On kala azar, malaria and malarial cachexia - Number 19
Disease focus: Malaria
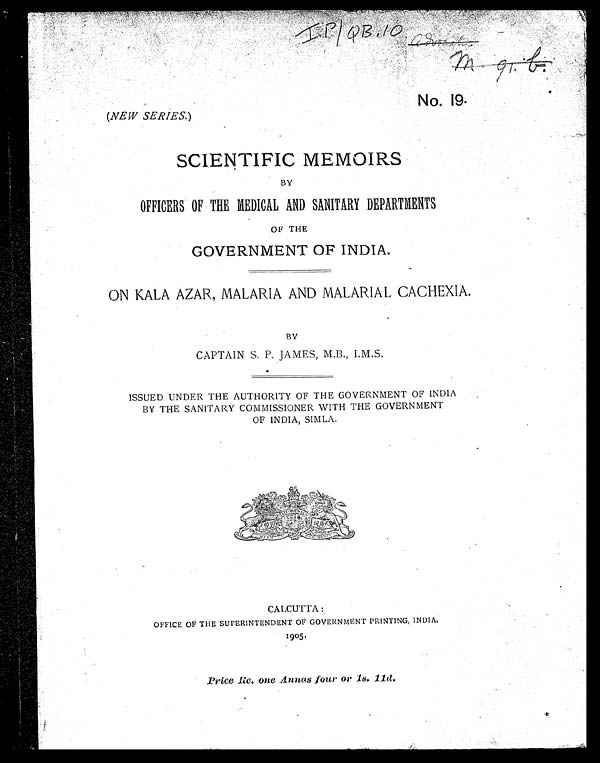
No. 19.
( NEW SERIES .)
IP/QB, 10
SCIENTIFIC MEMOIRS
BY
OFFICERS OF THE MEDICAL AND SANITARY DEPARTMENTS
OF THE
GOVERNMENT OF INDIA.
ON KALA AZAR, MALARIA AND MALARIAL CACHEXIA.
BY
CAPTAIN S. P. JAMES, M.B., I.M.S.
ISSUED UNDER THE AUTHORITY OF THE GOVERNMENT OF INDIA
BY THE SANITARY COMMISSIONER WITH THE GOVERNMENT
OF INDIA, SIMLA.
CALCUTTA:
OFFICE OF THE SUPERINTENDENT OF GOVERNMENT PRINTING, INDIA.
1905.
Price Re. one Annas four or 1s. 11d .